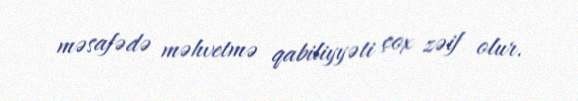
məsafədə məhvetmə qabiliyyəti çox zəif olur.